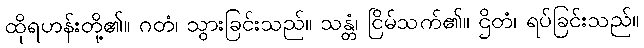
ထိုရဟန်းတို့၏။ ဂတံ၊ သွားခြင်းသည်။ သန္တံ၊ ငြိမ်သက်၏။ ဌိတံ၊ ရပ်ခြင်းသည်။